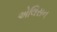
એલિસન